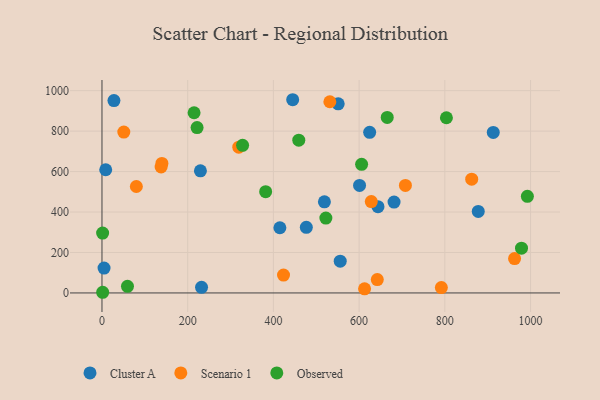
{"axis": {"x": "Ad Spend", "y": "Yield"}, "legend": ["Cluster A", "Observed", "Scenario 1"], "data": [{"x": "4.8", "y": 122.9, "type": "Cluster A"}, {"x": "624.6", "y": 794.1, "type": "Cluster A"}, {"x": "681.5", "y": 449.2, "type": "Cluster A"}, {"x": "27.9", "y": 951.0, "type": "Cluster A"}, {"x": "8.7", "y": 608.9, "type": "Cluster A"}, {"x": "519.0", "y": 450.3, "type": "Cluster A"}, {"x": "555.9", "y": 157.1, "type": "Cluster A"}, {"x": "644.0", "y": 426.3, "type": "Cluster A"}, {"x": "476.8", "y": 324.5, "type": "Cluster A"}, {"x": "445.0", "y": 955.2, "type": "Cluster A"}, {"x": "551.2", "y": 935.0, "type": "Cluster A"}, {"x": "601.0", "y": 531.7, "type": "Cluster A"}, {"x": "913.0", "y": 793.5, "type": "Cluster A"}, {"x": "415.1", "y": 322.3, "type": "Cluster A"}, {"x": "229.7", "y": 603.9, "type": "Cluster A"}, {"x": "878.0", "y": 402.9, "type": "Cluster A"}, {"x": "232.3", "y": 27.6, "type": "Cluster A"}, {"x": "862.7", "y": 562.2, "type": "Scenario 1"}, {"x": "962.7", "y": 169.9, "type": "Scenario 1"}, {"x": "80.2", "y": 526.2, "type": "Scenario 1"}, {"x": "319.2", "y": 720.7, "type": "Scenario 1"}, {"x": "50.9", "y": 795.3, "type": "Scenario 1"}, {"x": "791.9", "y": 26.5, "type": "Scenario 1"}, {"x": "708.0", "y": 531.4, "type": "Scenario 1"}, {"x": "139.8", "y": 640.4, "type": "Scenario 1"}, {"x": "423.6", "y": 88.3, "type": "Scenario 1"}, {"x": "612.7", "y": 20.4, "type": "Scenario 1"}, {"x": "138.0", "y": 622.5, "type": "Scenario 1"}, {"x": "628.4", "y": 451.8, "type": "Scenario 1"}, {"x": "531.7", "y": 945.2, "type": "Scenario 1"}, {"x": "642.4", "y": 66.0, "type": "Scenario 1"}, {"x": "605.8", "y": 635.7, "type": "Observed"}, {"x": "59.5", "y": 32.9, "type": "Observed"}, {"x": "665.6", "y": 867.9, "type": "Observed"}, {"x": "459.2", "y": 755.4, "type": "Observed"}, {"x": "522.4", "y": 370.3, "type": "Observed"}, {"x": "328.1", "y": 729.7, "type": "Observed"}, {"x": "214.9", "y": 890.8, "type": "Observed"}, {"x": "803.7", "y": 866.1, "type": "Observed"}, {"x": "978.9", "y": 221.1, "type": "Observed"}, {"x": "992.6", "y": 477.4, "type": "Observed"}, {"x": "381.9", "y": 500.6, "type": "Observed"}, {"x": "1.5", "y": 296.0, "type": "Observed"}, {"x": "221.9", "y": 817.5, "type": "Observed"}, {"x": "1.6", "y": 3.3, "type": "Observed"}]}